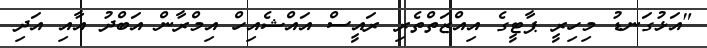
"އަޅުގަނޑު މިހިރީ ޕާޓީގެ އިއްޒަތްތެރި ރައީސް އައްޝެއިހް އިމްރާން އަބްދު އާއި އަދި